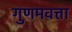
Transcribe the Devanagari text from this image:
गुणमवत्ता